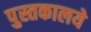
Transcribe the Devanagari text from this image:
पुस्तकालये